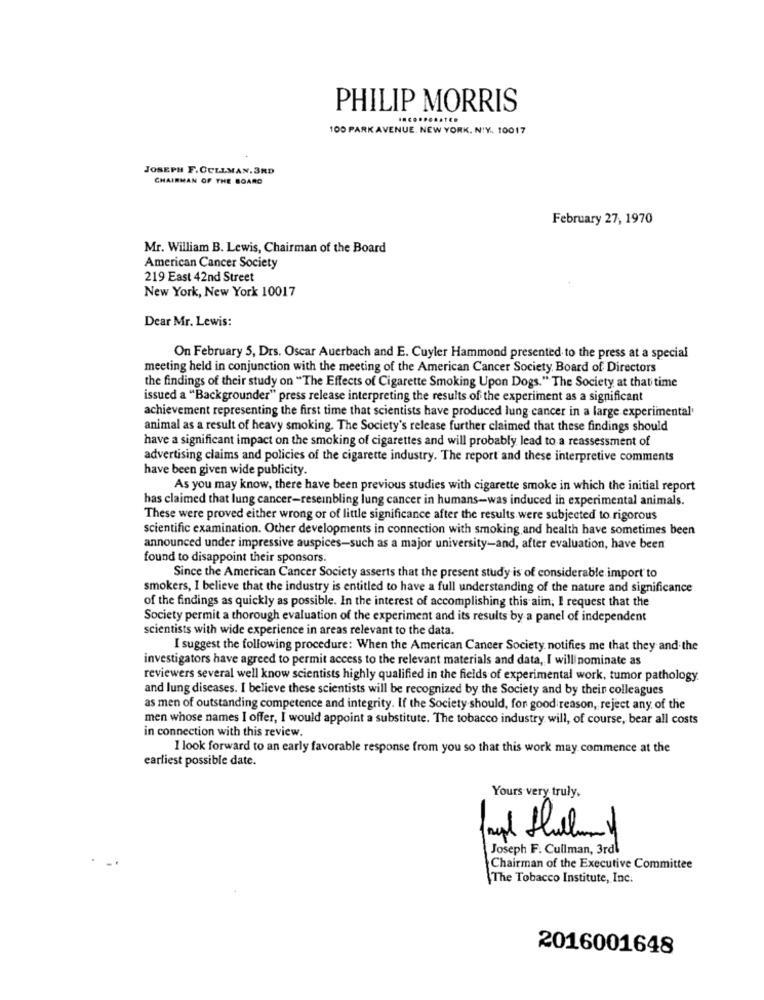
PHILIP MORRIS
100 PARK AVENUE. NEW YORK. N'Y. 10017
JOSEPH F. CULLMAN,3RD
CHAIRMAN OF THE BOARD
February 27, 1970
Mr. William B. Lewis, Chairman of the Board
American Cancer Society
219 East 42nd Street
New York, New York 10017
Dear Mr. Lewis:
On February 5, Drs. Oscar Auerbach and E. Cuyler Hammond presented to the press at a special
meeting held in conjunction with the meeting of the American Cancer Society. Board of Directors
the findings of their study on "The Effects of Cigarette Smoking Upon Dogs." The Society at that time
issued a "Backgrounder" press release interpreting the results of the experiment as a significant
achievement representing the first time that scientists have produced lung cancer in a large experimental'
animal as a result of heavy smoking. The Society's release further claimed that these findings should
have a significant impact on the smoking of cigarettes and will probably lead to a reassessment of
advertising claims and policies of the cigarette industry. The report and these interpretive comments
have been given wide publicity.
As you may know, there have been previous studies with cigarette smoke in which the initial report
has claimed that lung cancer-reseinbling lung cancer in humans-was induced in experimental animals.
These were proved either wrong or of little significance after the results were subjected to rigorous
scientific examination. Other developments in connection with smoking, and health have sometimes been
announced under impressive auspices-such as a major university-and, after evaluation, have been
found to disappoint their sponsors
Since the American Cancer Society asserts that the present study is of considerable import to
smokers, I believe that the industry is entitled to have a full understanding of the nature and significance
of the findings as quickly as possible. In the interest of accomplishing this aim, I request that the
Society permit a thorough evaluation of the experiment and its results by a panel of independent
scientists with wide experience in areas relevant to the data.
I suggest the following procedure: When the American Cancer Society, notifies me that they and the
investigators have agreed to permit access to the relevant materials and data, I will nominate as
reviewers several well know scientists highly qualified in the fields of experimental work, tumor pathology.
and lung diseases. I believe these scientists will be recognized by the Society and by thein colleagues
as men of outstanding competence and integrity. If the Society should, for good reason, reject any of the
men whose names I offer, I would appoint a substitute. The tobacco industry will, of course, bear all costs
in connection with this review.
I look forward to an early favorable response from you so that this work may commence at the
earliest possible date.
Yours very truly,
Joseph F. Cullman, 3rdl
Chairman of the Executive Committee
The Tobacco Institute, Inc.
2016001648